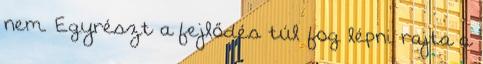
nem. Egyrészt a fejlődés túl fog lépni rajta a